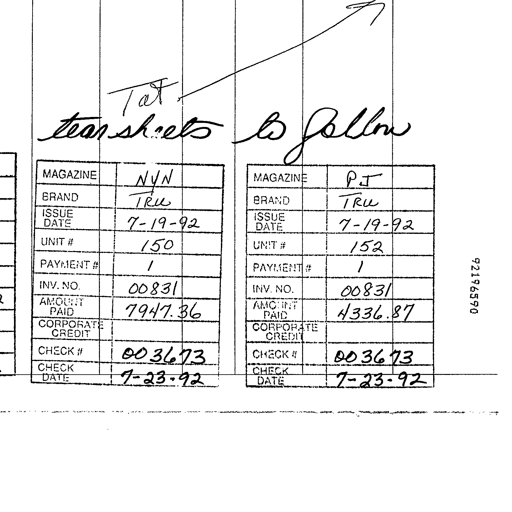
Tat
tearsheets to follow

MAGAZINE NYN MAGAZINE PJ
BRAND TRU BRAND TRU
ISSUE DATE 7-19-92 ISSUE DATE 7-19-92
UNIT # 150 UNIT # 152
PAYMENT # 1 PAYMENT # 1 92196590
INV. NO. 00831 INV. NO. 00831
AMOUNT PAID 7947.36 AMOUNT PAID 4336.87
CORPORATE CREDIT CORPORATE CREDIT
CHECK # 003673 CHECK # 003673
CHECK DATE 7-23-92 CHECK DATE 7-23-92